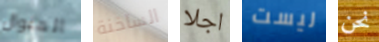
المنوال الساخنة اجلا ليست نحن